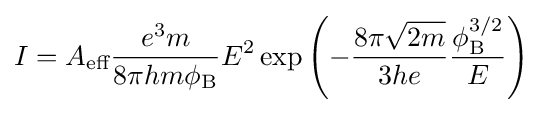
I=A_{\text{eff}}{\frac {e^{3}m}{8\pi hm\phi _{\text{B}}}}E^{2}\exp \left(-{\frac {8\pi {\sqrt {2m}}}{3he}}{\frac {\phi _{\text{B}}^{3/2}}{E}}\right)